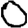
Digit: 0